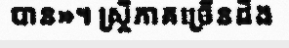
បាន»។ ស្ត្រីភាគច្រើនដឹង